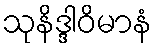
သုနိဒ္ဒါဝိမာနံ